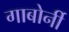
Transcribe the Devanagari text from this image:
गाबोर्नी